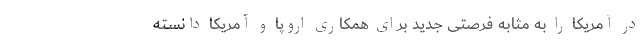
در آمریکا را به‌ مثابه فرصتی جدید برای همکاری اروپا و آمریکا دانسته